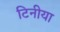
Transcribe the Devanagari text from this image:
टिनीया